Document type: Emphyteutic lease
Year: 1276
Scribe: Pere de Roca
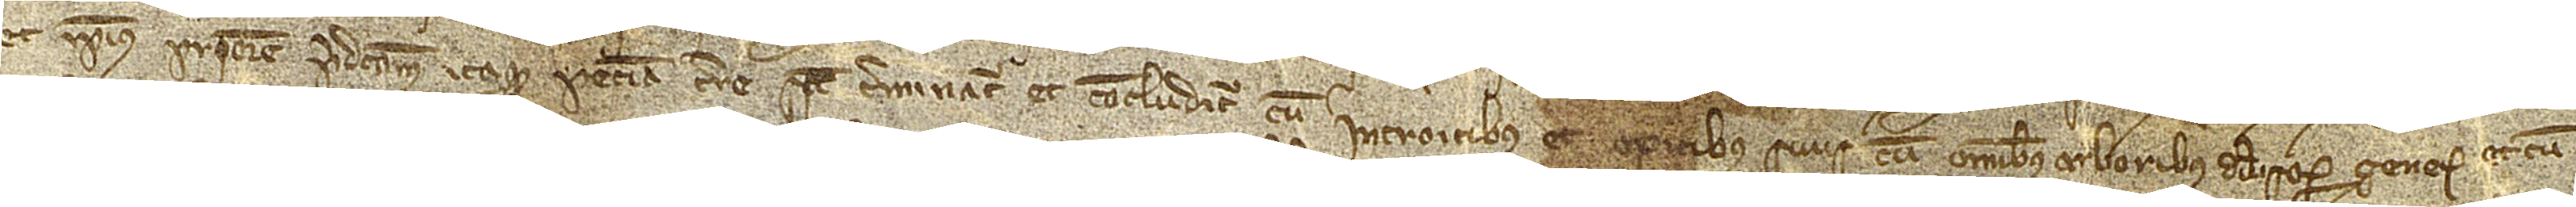
et ipsius priorem. Predictam itaque peciam terre, sicut terminatur et concluditur, cum introitibus et exitibus suis, cum omnibus arboribus diversorum generum et cum